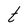
Character: t